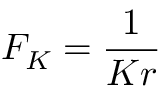
F _ { K } = \frac { 1 } { K r }